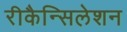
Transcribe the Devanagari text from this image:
रीकैन्सिलेशन